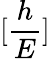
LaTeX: [\frac{h}{E}]